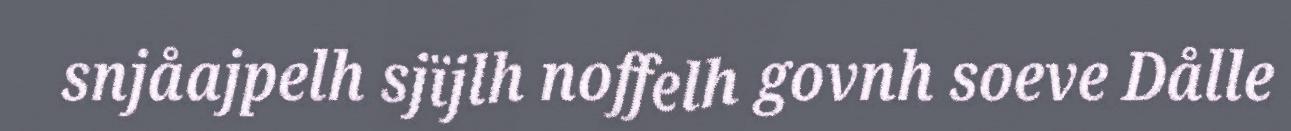
snjåajpelh sjïjlh noffelh govnh soeve Dålle